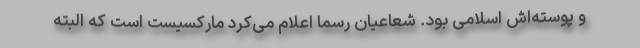
و پوسته‌اش اسلامی بود. شعاعیان رسما اعلام می‌کرد ماركسیست است كه البته